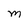
Character: M